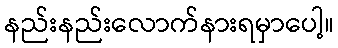
နည်းနည်းလောက်နားရမှာပေါ့။